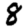
Digit: 8